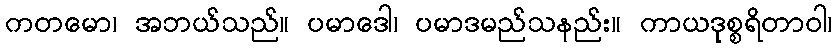
ကတမော၊ အဘယ်သည်။ ပမာဒေါ၊ ပမာဒမည်သနည်း။ ကာယဒုစ္စရိတာဝါ၊